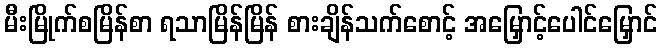
မီးမြိုက်စမြိန်စာ ရသာမြိန်မြိန် စားချိန်သက်စောင့် အမြှောင့်ပေါင်မြှောင်